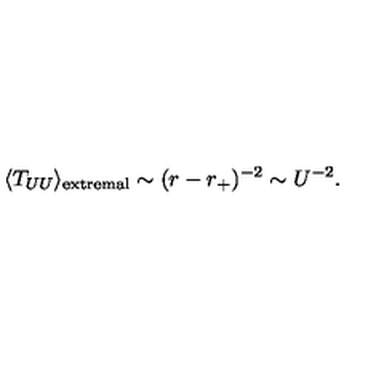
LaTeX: \langle T _ { U U } \rangle _ { \mathrm { e x t r e m a l } } \sim ( r - r _ { + } ) ^ { - 2 } \sim U ^ { - 2 } .